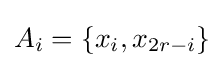
A_{i}=\{x_{i},x_{2r-i}\}